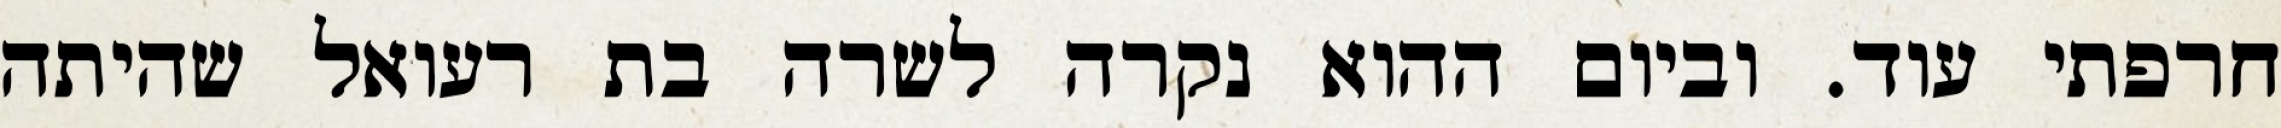
חרפתי עוד. וביום ההוא נקרה לשרה בת רעואל שהיתה